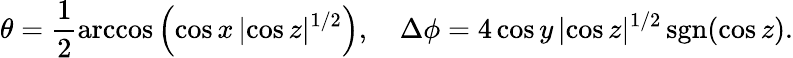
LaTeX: \theta=\frac{1}{2}\operatorname{arccos}\left(\cos x\, |\! \cos z|^{1/2}\right),\quad\Delta\phi=4\cos y\, |\! \cos z|^{1/2}\, \mathrm{sgn}(\cos z).